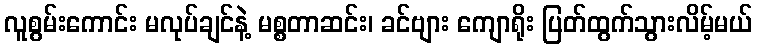
လူစွမ်းကောင်း မလုပ်ချင်နဲ့ မစ္စတာဆင်း၊ ခင်ဗျား ကျောရိုး ပြတ်ထွက်သွားလိမ့်မယ်